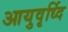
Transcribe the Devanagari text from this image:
आयुवृर्ध्दि